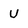
Character: u